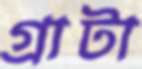
গ্রাটা